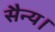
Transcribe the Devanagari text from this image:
सैन्य।